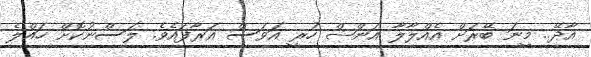
އާދޭ.. މީނަ ބޭރަށް އެއްލާލާ އަންޝް ހުރީ އަވަސް އަރާފައެވެ. ލަސްނުކޮށް ހައްލެ